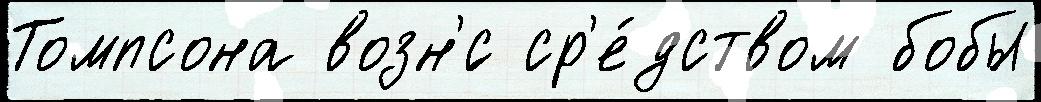
Томпсона возн'́с ср'е́дством бобы